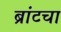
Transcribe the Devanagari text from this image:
ब्रांटचा